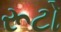
રૂટો